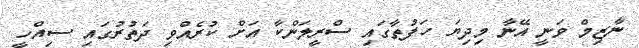
ނާޒިމް ވަނީ އޭނާ މިދިޔަ ހަފުތާގައި ސްރީލަންކާ އަށް ކުރެއްވި ދަތުރުގައި ސިއްހީ